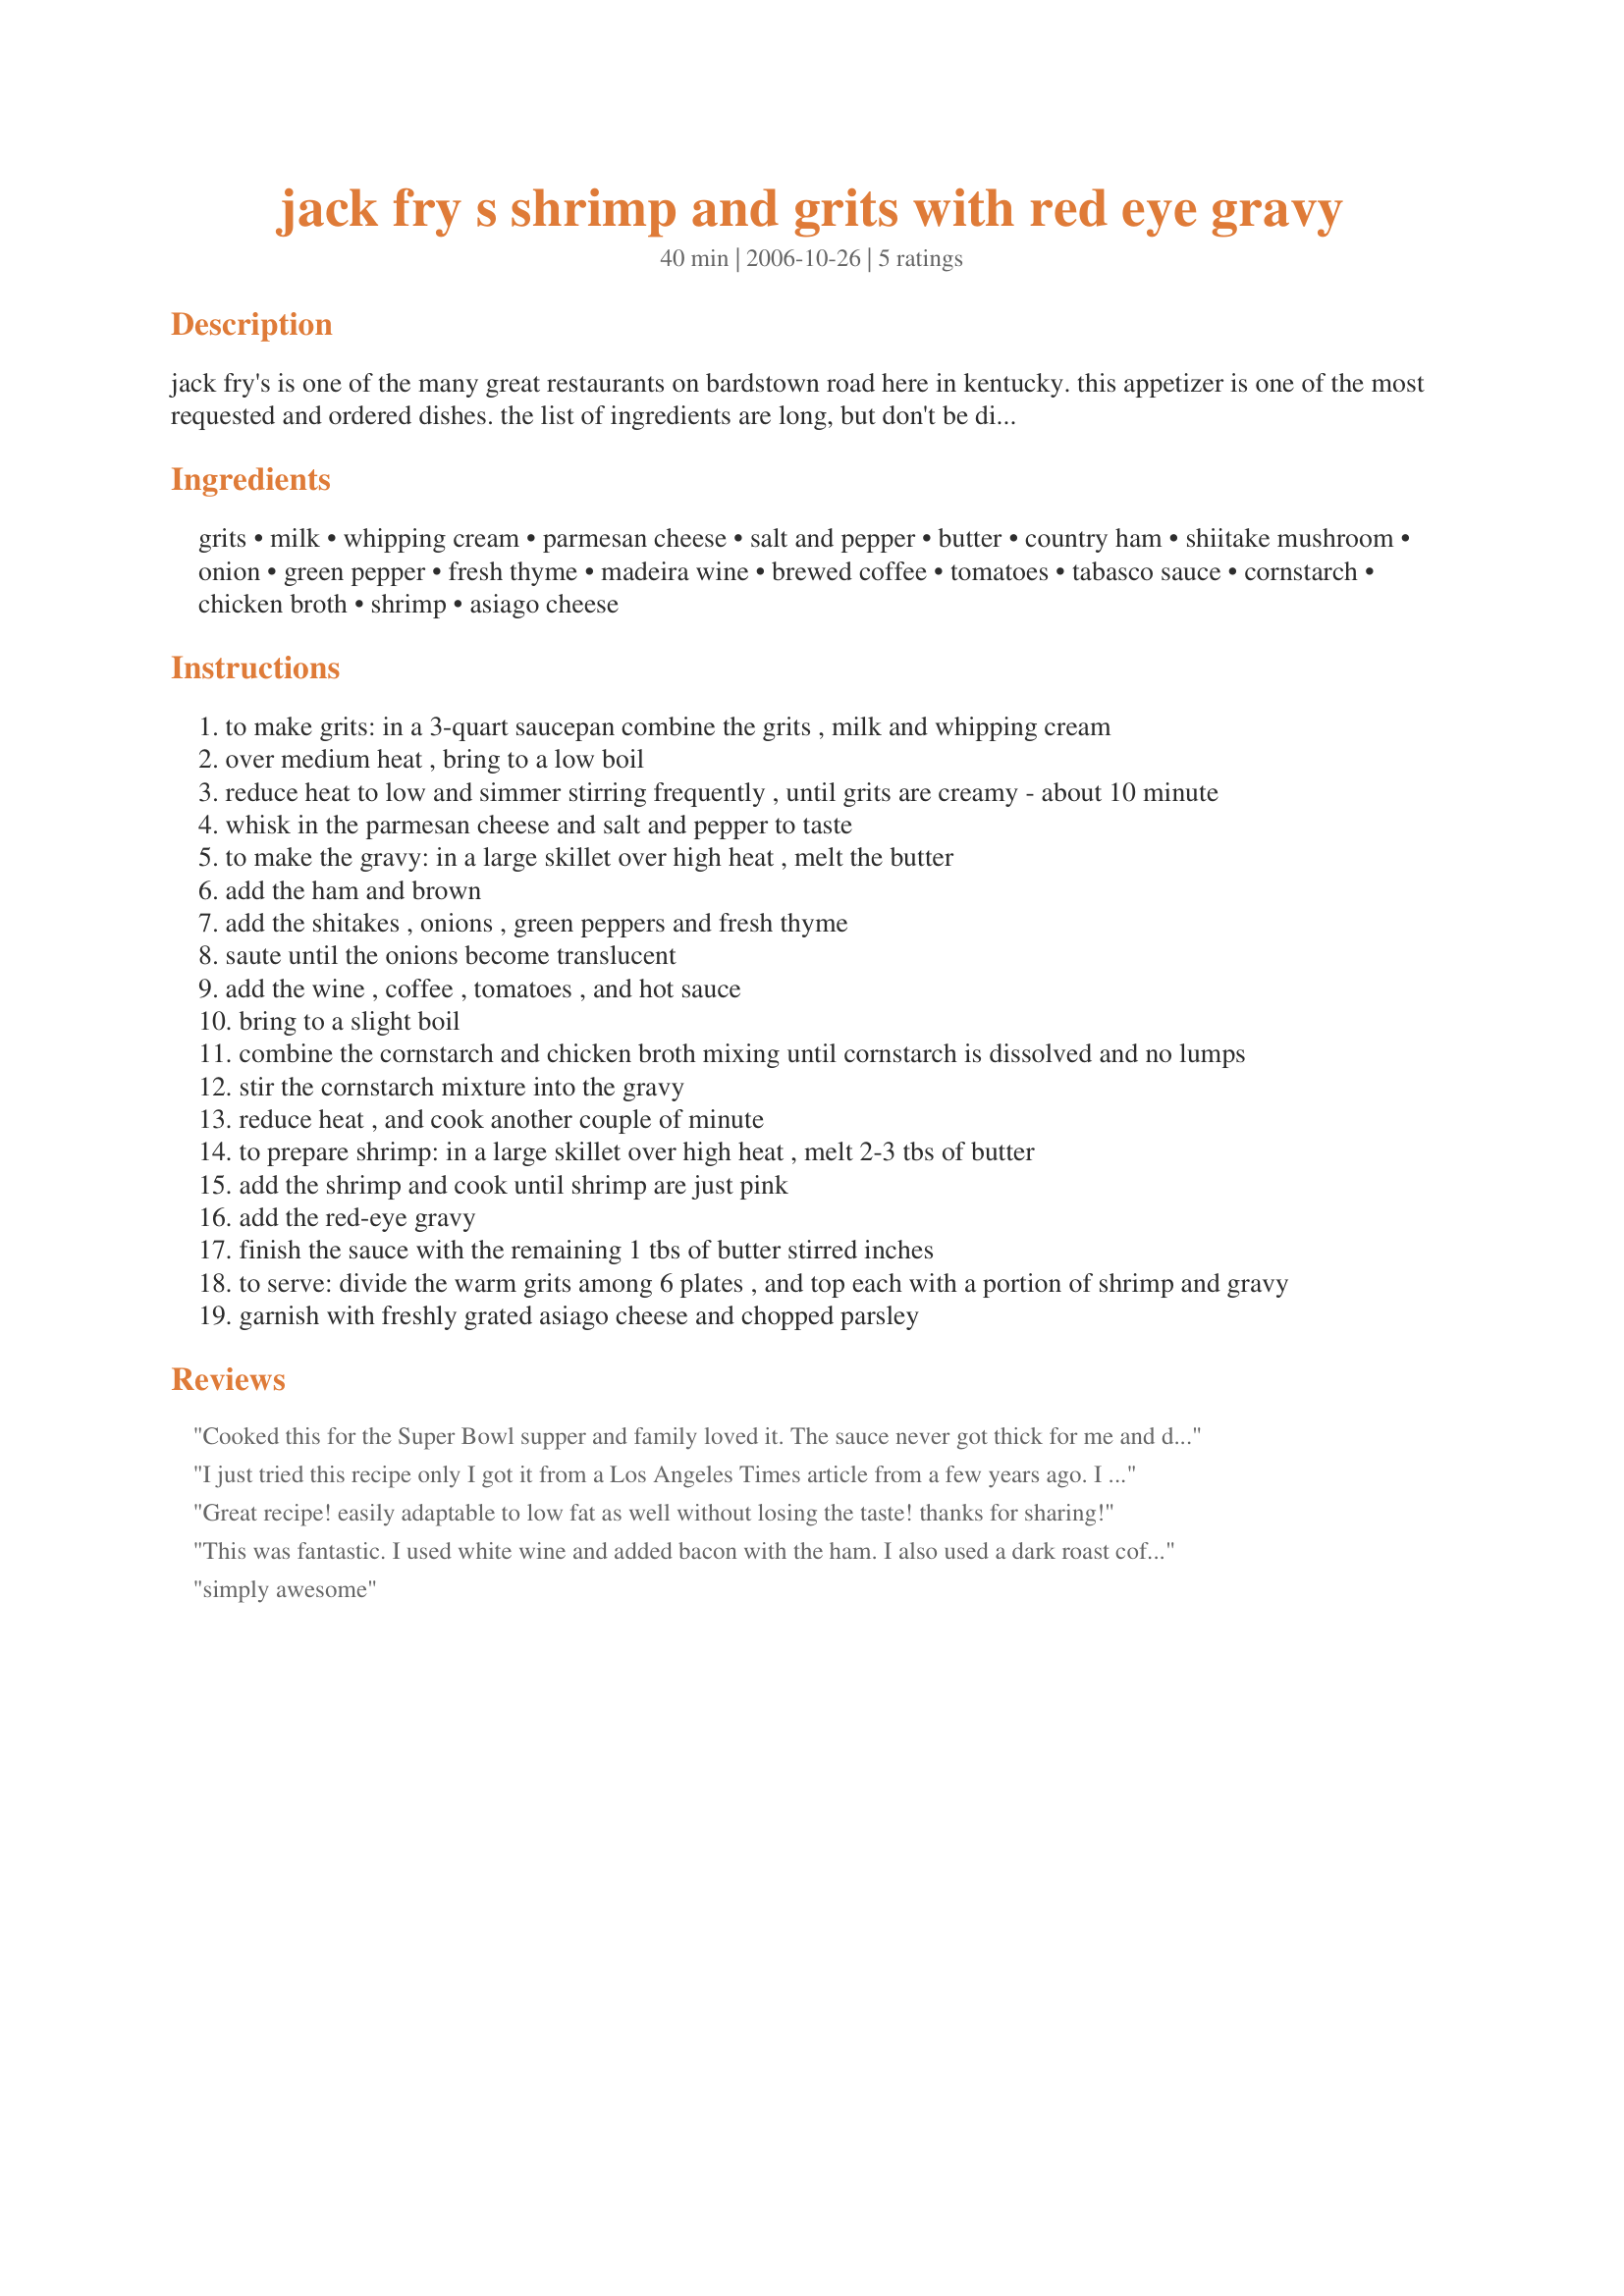
jack fry s shrimp and grits with red eye gravy
Preparation time: 40 minutes

jack fry's is one of the many great restaurants on bardstown road here in kentucky. this appetizer is one of the most requested and ordered dishes. the list of ingredients are long, but don't be discouraged! this is goooooooood!!!

Ingredients:
grits, milk, whipping cream, parmesan cheese, salt and pepper, butter, country ham, shiitake mushroom, onion, green pepper, fresh thyme, madeira wine, brewed coffee, tomatoes, tabasco sauce, cornstarch, chicken broth, shrimp, asiago cheese

Steps:
to make grits: in a 3-quart saucepan combine the grits , milk and whipping cream
over medium heat , bring to a low boil
reduce heat to low and simmer stirring frequently , until grits are creamy - about 10 minute
whisk in the parmesan cheese and salt and pepper to taste
to make the gravy: in a large skillet over high heat , melt the butter
add the ham and brown
add the shitakes , onions , green peppers and fresh thyme
saute until the onions become translucent
add the wine , coffee , tomatoes , and hot sauce
bring to a slight boil
combine the cornstarch and chicken broth mixing until cornstarch is dissolved and no lumps
stir the cornstarch mixture into the gravy
reduce heat , and cook another couple of minute
to prepare shrimp: in a large skillet over high heat , melt 2-3 tbs of butter
add the shrimp and cook until shrimp are just pink
add the red-eye gravy
finish the sauce with the remaining 1 tbs of butter stirred inches
to serve: divide the warm grits among 6 plates , and top each with a portion of shrimp and gravy
garnish with freshly grated asiago cheese and chopped parsley

Reviews:
Cooked this for the Super Bowl supper and family loved it.
The sauce never got thick for me and didn't have red Maderia but flavor was good.
I might add some nice smoked bacon or panchetta next time.
I just tried this recipe only
I got it from a Los Angeles Times
article from a few years ago.
I think the recipe they had forgot
to mention the Hot Sauce. Any ways,
this recipe tastes pretty good.
I think that people might need to
look for the red Madeira wine
because the sauce is not has red
if we use the regular Madeira which
is what I used since I don't know
much about wines(even after I
asked the lady at the store if
there are any other Madeira and
she told me this is the one but
doing my Internet search...I realized that there is a red Madeira.)Any ways...I saved this
recipe from the Los Angeles Times which is 95% like this one only
the LA Times didn't mention the
strong coffee which I will try
next time. And I will add the
Hot Sauce too. I actually did
my recipe with fresh Virginia ham
that the lady at the store sliced
for me and that gave it a rich
broth taste. But then I told the
lady to give me a thick slice so
I can chop it up...but it seemed
to taste better with the thin sliced ham. Here I am just writing and writing.
Great recipe! easily adaptable to low fat as well without losing the taste! thanks for sharing!
This was fantastic. I used white wine and added bacon with the ham. I also used a dark roast coffee. I added Asiago cheese and Monterrey jack cheese with the Parmesan in the grits.. .<br/>Everyone loved it.
simply awesome
